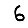
Digit: 6